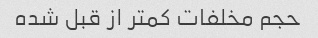
حجم مخلفات کمتر از قبل شده